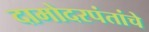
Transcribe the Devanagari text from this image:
दामोदरपंतांचे